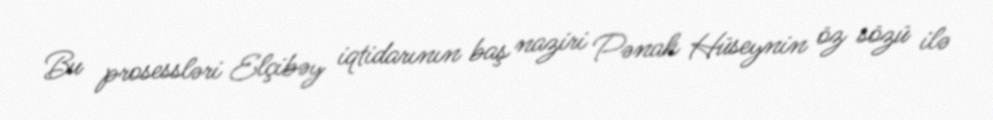
Bu prosessləri Elçibəy iqtidarının baş naziri Pənah Hüseynin öz sözü ilə